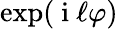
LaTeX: \exp(\mathrm{~i~}\ell\varphi)